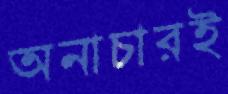
অনাচারই